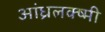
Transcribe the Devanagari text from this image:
आंध्रलक्ष्मी